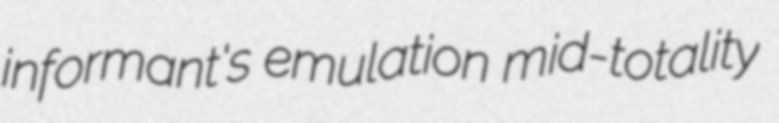
informant's emulation mid-totality